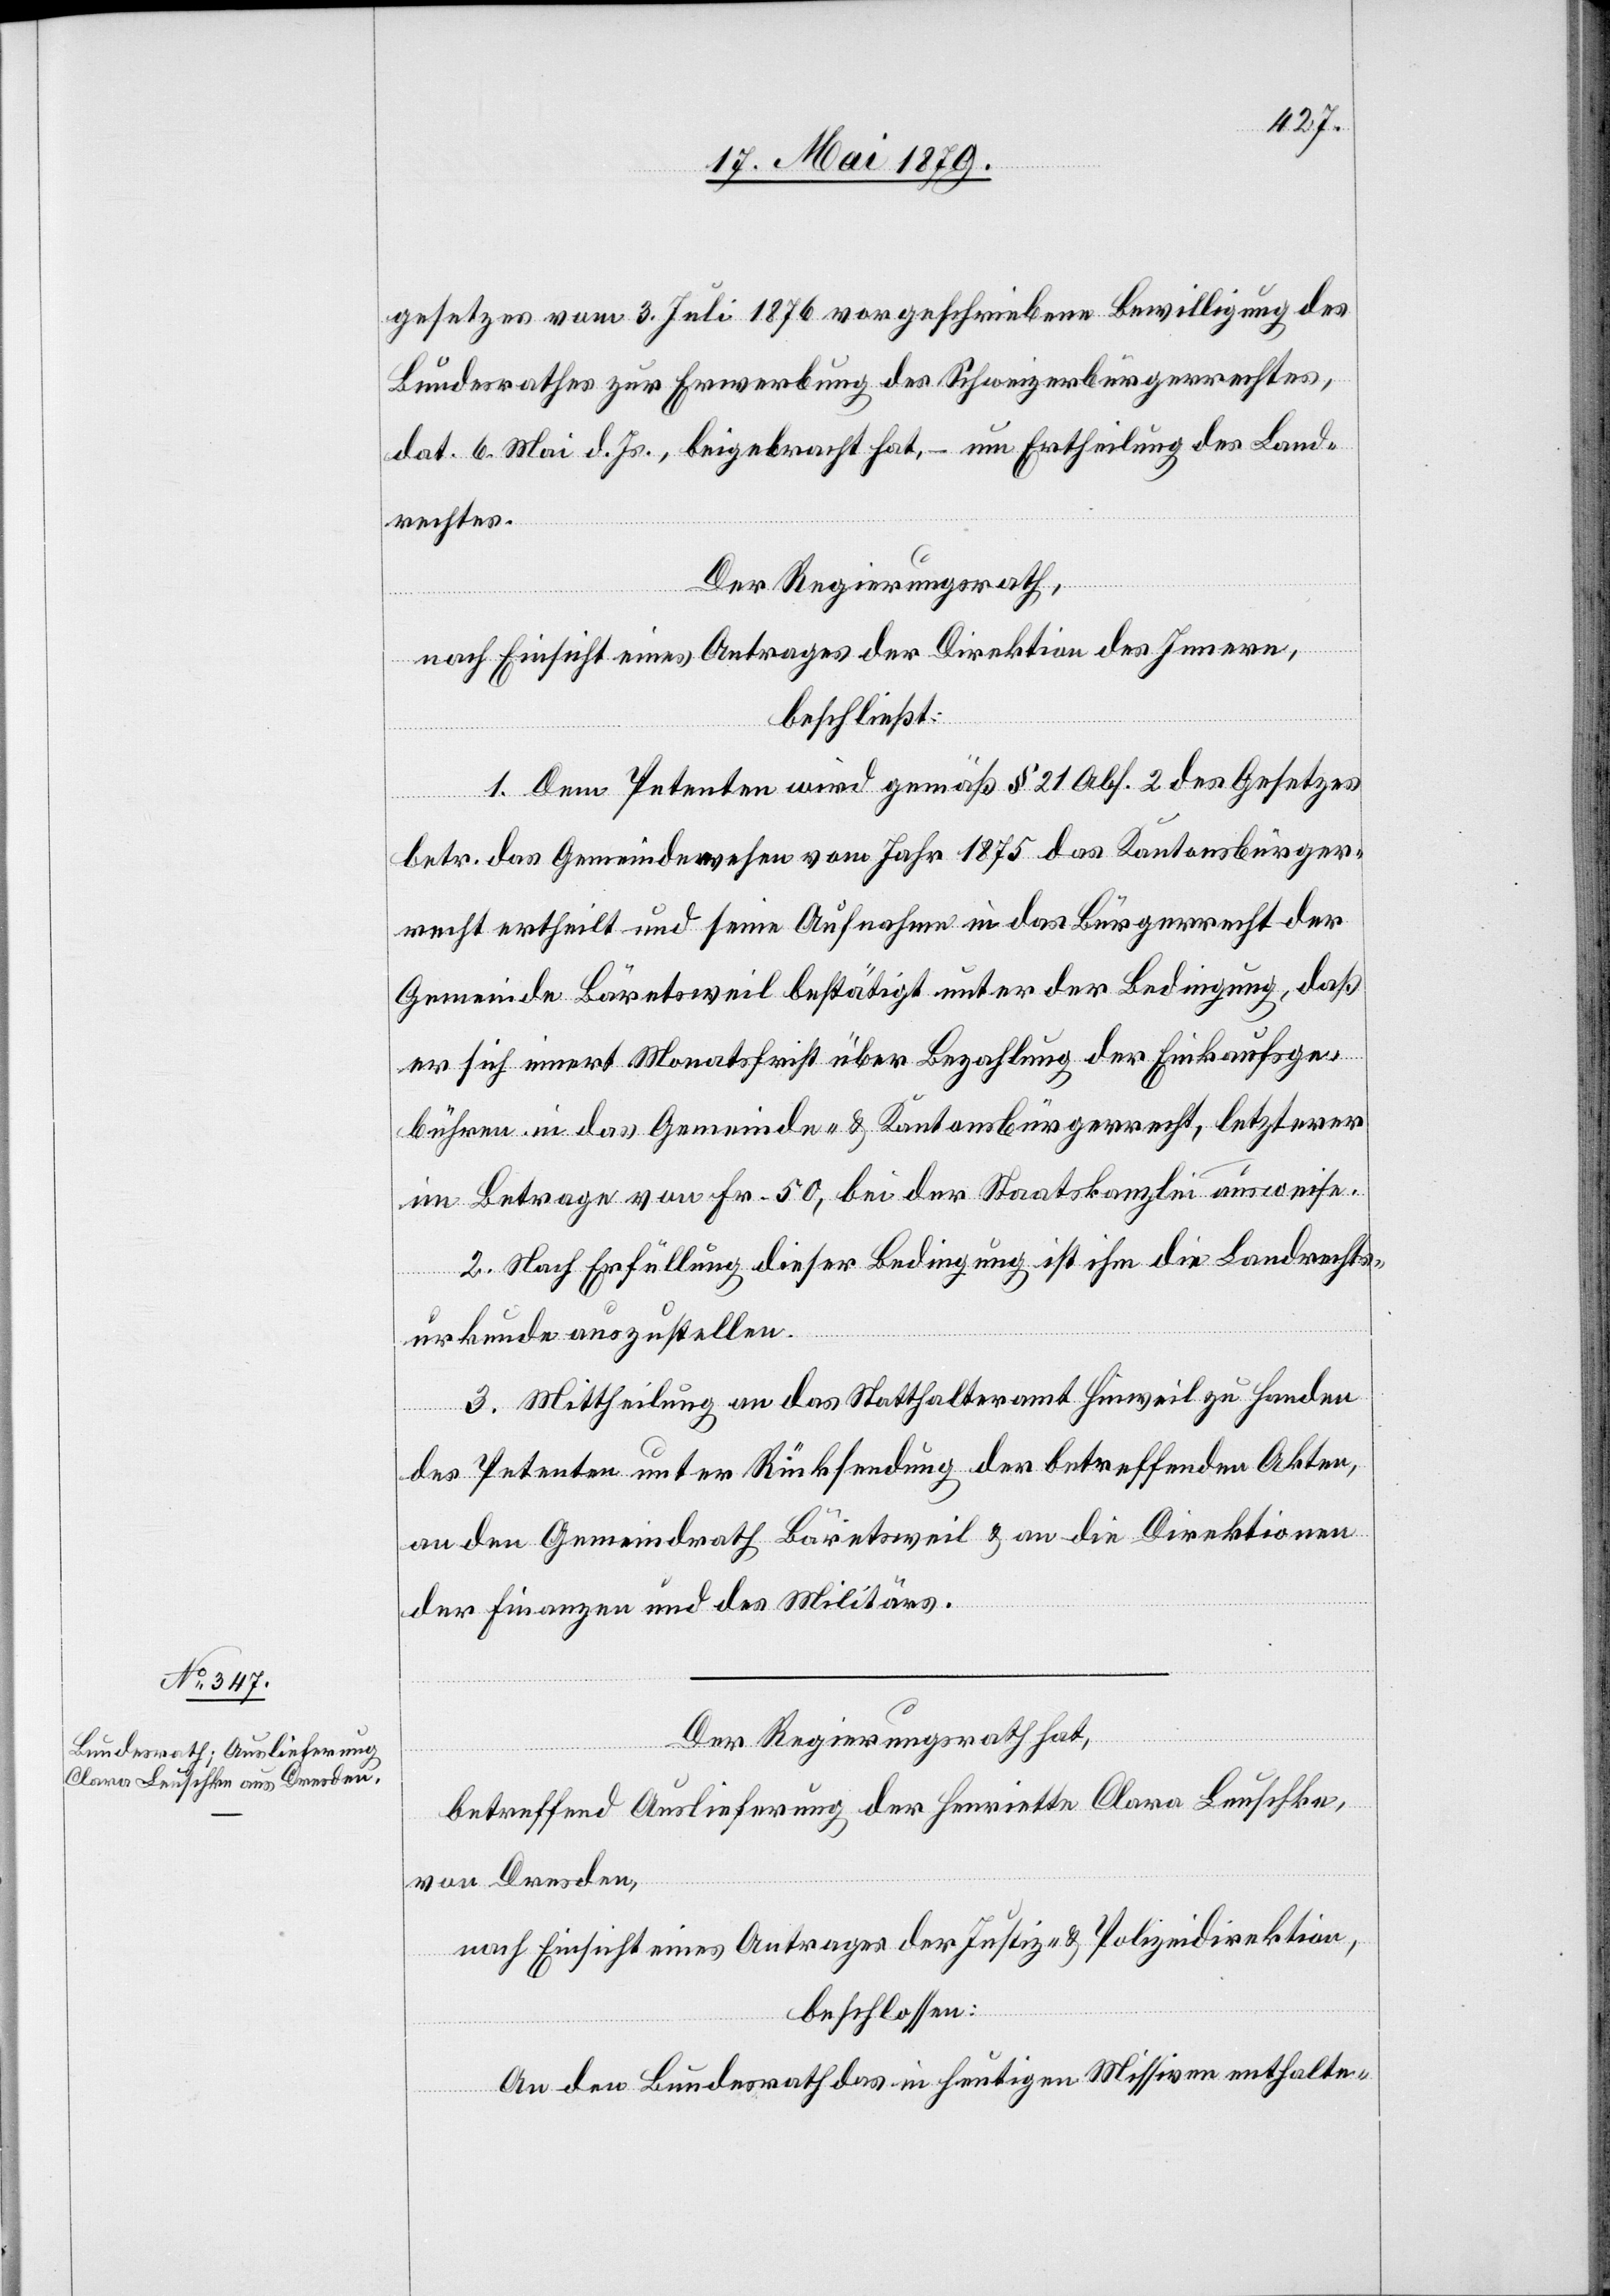
gesetzes vom 3. Juli 1876 vorgeschriebene Bewilligung des
Bundesrathes zur Erwerbung des Schweizerbürgerrechtes,
dat. 6. Mai d. Js., beigebracht hat, – um Ertheilung des Land¬
rechtes.
Der Regierungsrath,
nach Einsicht eines Antrages der Direktion des Innern,
beschließt:
1. Dem Petenten wird gemäß § 21 Abs. 2 des Gesetzes
betr. das Gemeindewesen vom Jahr 1875 das Kantonsbürger¬
recht ertheilt und seine Aufnahme in das Bürgerrecht der
Gemeinde Bäretsweil bestätigt unter der Bedingung, daß
er sich innert Monatsfrist über Bezahlung der Einkaufsge¬
bühren in das Gemeinde- & Kantonsbürgerrecht, letzterer
im Betrage von Fr. 50, bei der Staatskanzlei ausweise.
2. Nach Erfüllung dieser Bedingung ist ihm die Landrechts¬
urkunde auszustellen.
3. Mittheilung an das Statthalteramt Hinweil zu Handen
des Petenten unter Rücksendung der betreffenden Akten,
an den Gemeindrath Bäretsweil & an die Direktionen
der Finanzen und des Militärs.
Der Regierungsrath hat,
betreffend Auslieferung der Henriette Clara Leuschke,
von Dresden,
nach Einsicht eines Antrages der Justiz- & Polizeidirektion,
beschlossen:
An den Bundesrath das in heutigen Missiven enthalte-